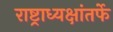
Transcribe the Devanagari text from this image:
राष्ट्राध्यक्षांतर्फे